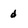
Character: d